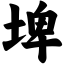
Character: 埤